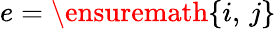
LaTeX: e=\ensuremath{\left\{ i,\, j\right\} }